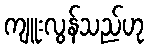
ကျူးလွန်သည်ဟု